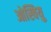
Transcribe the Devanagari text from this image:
ओस्वियु